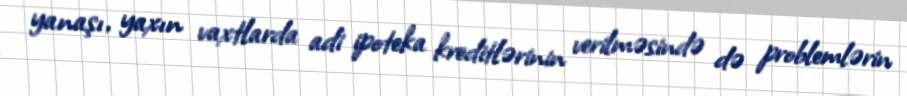
yanaşı, yaxın vaxtlarda adi ipoteka kreditlərinin verilməsində də problemlərin